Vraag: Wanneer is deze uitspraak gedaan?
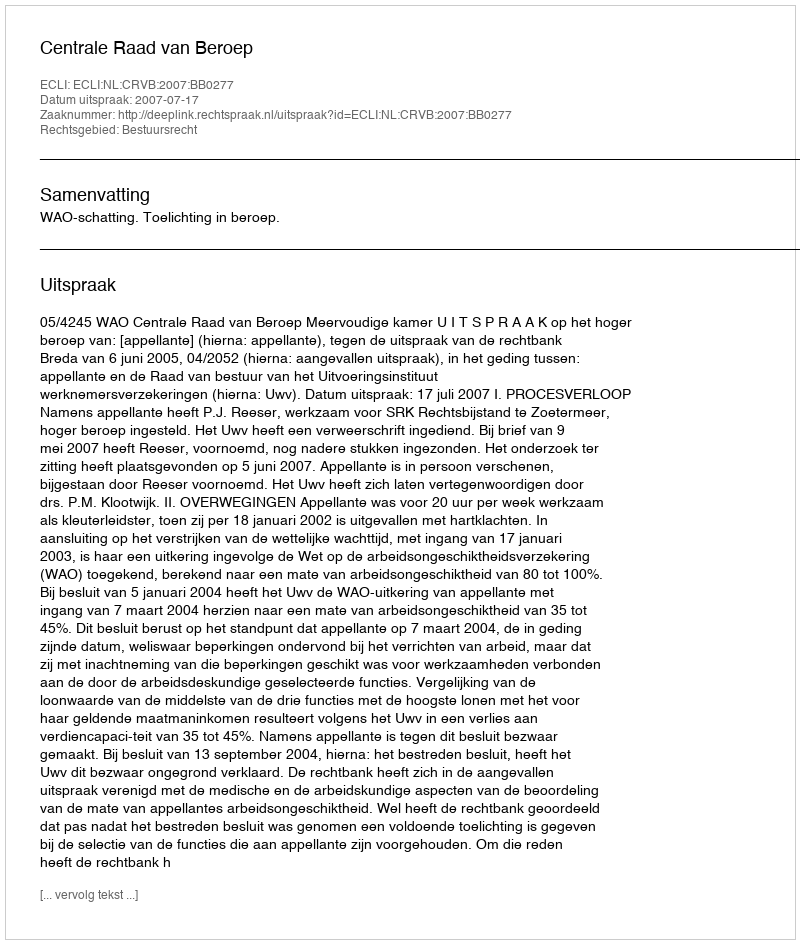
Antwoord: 2007-07-17